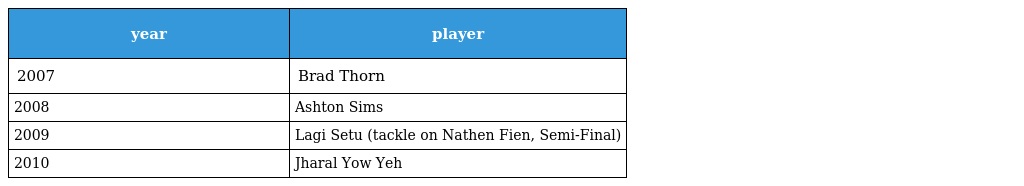
| year | player |
 | --- | --- |
 | 2007 | Brad Thorn |
 | 2008 | Ashton Sims |
 | 2009 | Lagi Setu (tackle on Nathen Fien, Semi-Final) |
 | 2010 | Jharal Yow Yeh |